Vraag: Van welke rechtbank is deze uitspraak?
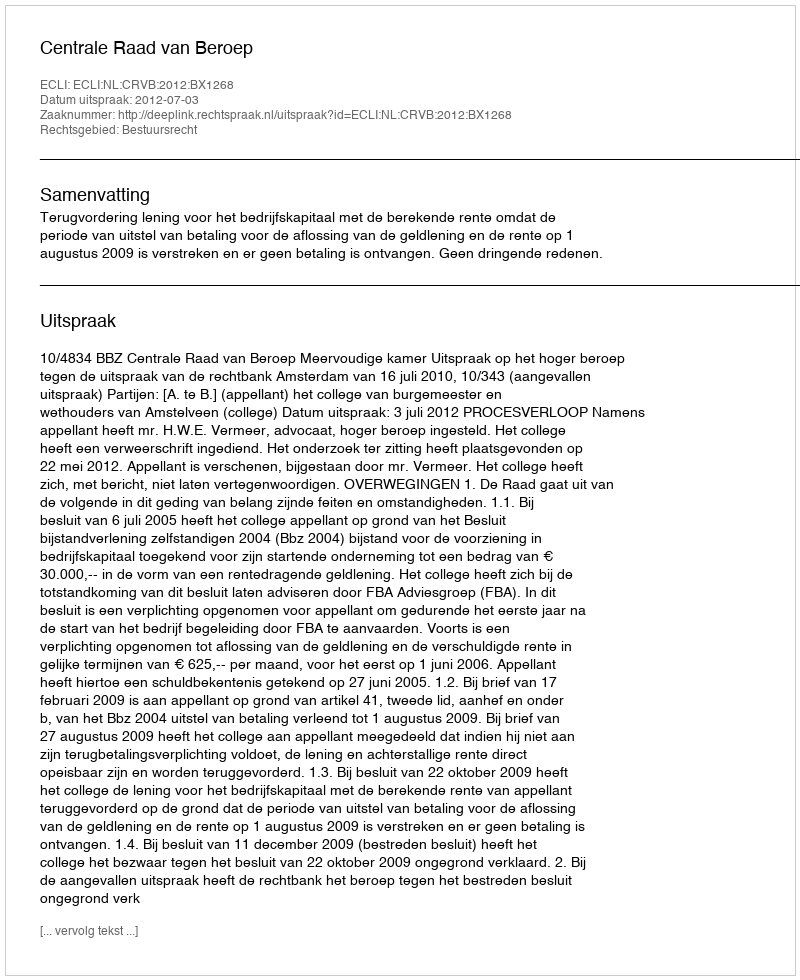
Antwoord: Centrale Raad van Beroep